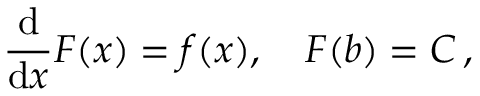
\frac { \mathrm { d } } { \mathrm { d } x } F ( x ) = f ( x ) , \quad F ( b ) = C \, ,